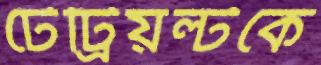
টেট্রিয়ল্টকে